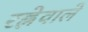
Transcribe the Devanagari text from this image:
रह्नेवाले